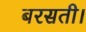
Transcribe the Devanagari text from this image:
बरसती।